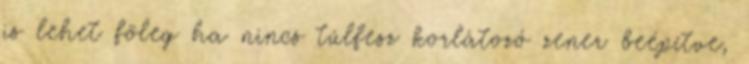
is lehet fõleg ha nincs túlfesz korlátozó zener beépítve,